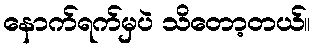
နောက်ရက်မှပဲ သိတော့တယ်။